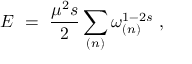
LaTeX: E \ = \ \frac { \mu ^ { 2 } s } { 2 } \sum _ { ( n ) } \omega _ { ( n ) } ^ { 1 - 2 s } \ ,